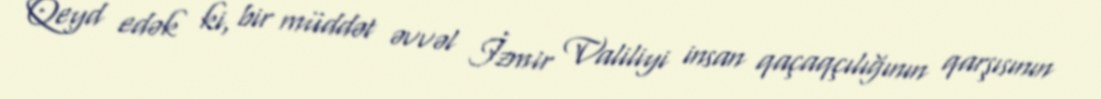
Qeyd edək ki, bir müddət əvvəl İzmir Valiliyi insan qaçaqçılığının qarşısının